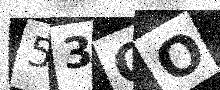
Text: 53OO